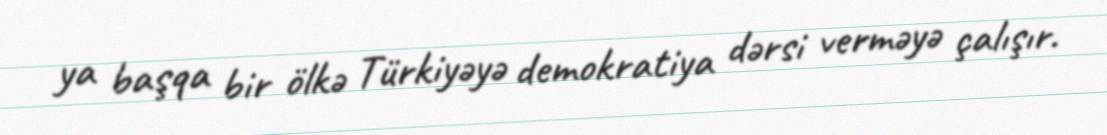
ya başqa bir ölkə Türkiyəyə demokratiya dərsi verməyə çalışır.